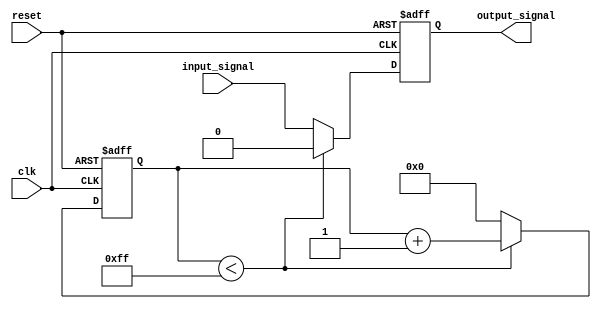
module latch_delay (
    input wire clk,
    input wire reset,
    input wire input_signal,
    output reg output_signal
);

reg [7:0] delay_counter;

always @(posedge clk or posedge reset) begin
    if (reset) begin
        delay_counter <= 8'b0;
        output_signal <= 1'b0;
    end else begin
        if (delay_counter < 8'd255) begin
            delay_counter <= delay_counter + 1;
            output_signal <= 1'b0;
        end else begin
            delay_counter <= 8'b0;
            output_signal <= input_signal;
        end
    end
end

endmodule